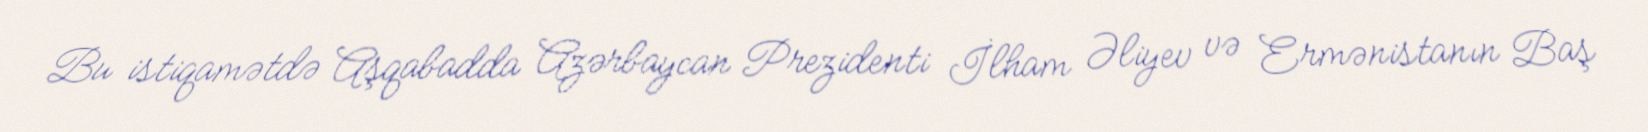
Bu istiqamətdə Aşqabadda Azərbaycan Prezidenti İlham Əliyev və Ermənistanın Baş